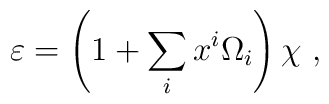
\varepsilon = \left(1 + \sum_i x^i \Omega_i \right) \chi~,